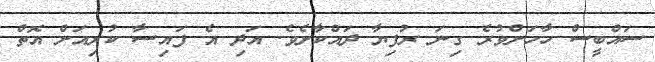
ސައްބީސް ހާހަށްވުރެ ގިނަ ރުފިޔާ ދައްކާށެވެ. އަދި އެ ފައިސާ ކުރިއަށް އޮތް